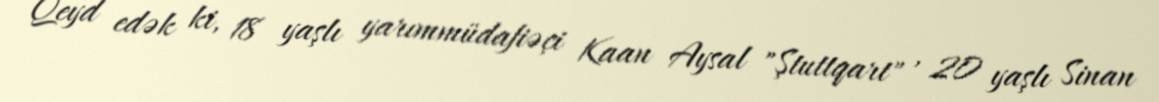
Qeyd edək ki, 18 yaşlı yarımmüdafiəçi Kaan Aysal "Ştuttqart" , 20 yaşlı Sinan